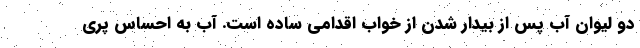
دو لیوان آب پس از بیدار شدن از خواب اقدامی ساده است. آب به احساس پری